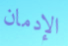
الإدمان